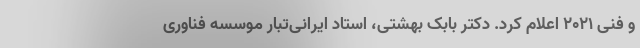
و فنی ۲۰۲۱ اعلام کرد. دکتر بابک بهشتی، استاد ایرانی‌تبار موسسه فناوری